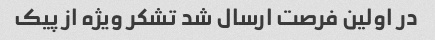
در اولین فرصت ارسال شد تشکر ویژه از پیک